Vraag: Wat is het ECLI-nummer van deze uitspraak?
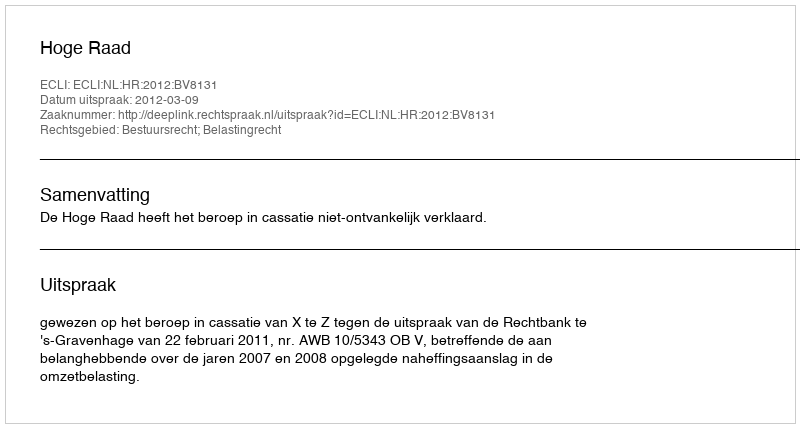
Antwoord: ECLI:NL:HR:2012:BV8131